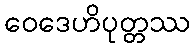
ဝေဒေဟိပုတ္တဿ